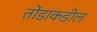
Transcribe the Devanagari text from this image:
तोंडाकडील